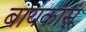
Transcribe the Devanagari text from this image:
बायकास्नं